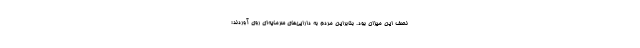
نصف این میزان بود. بنابراین مردم به دارایی‌های سرمایه‌ای روی آوردند؛